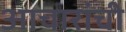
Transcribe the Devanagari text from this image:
आचारांची